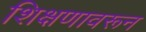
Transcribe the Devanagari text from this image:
शिक्षणावरून